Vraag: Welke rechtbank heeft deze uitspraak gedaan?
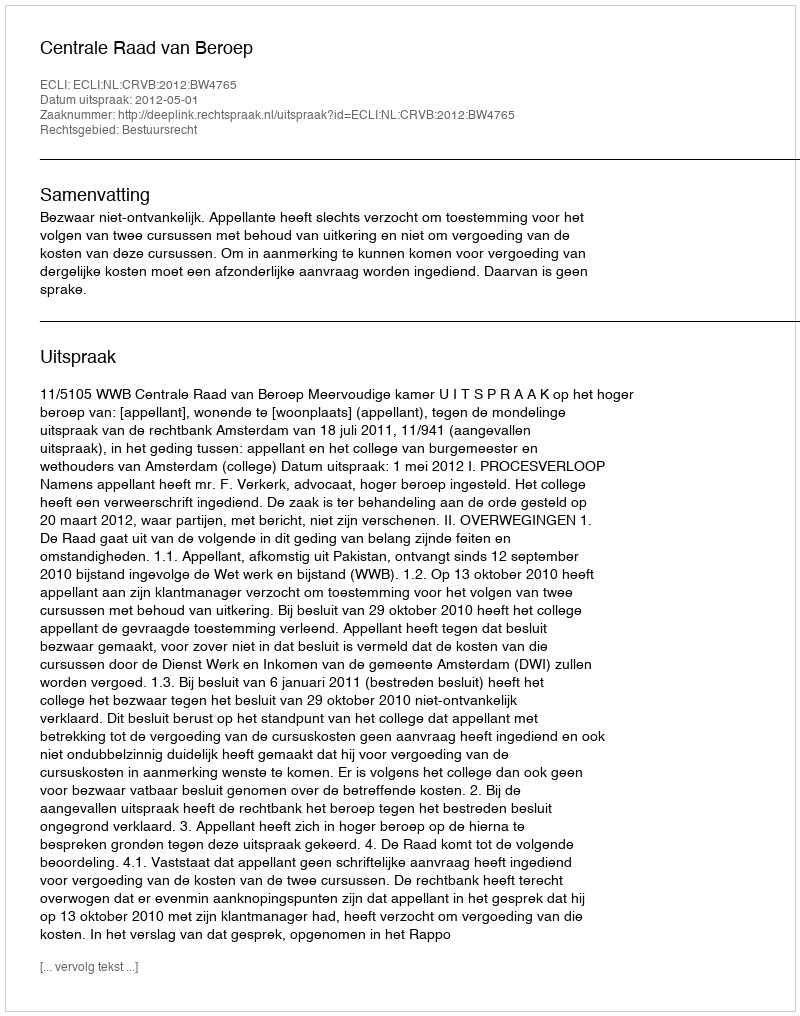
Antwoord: Centrale Raad van Beroep